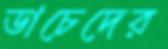
ডাচেদের